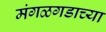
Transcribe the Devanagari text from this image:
मंगळगडाच्या